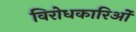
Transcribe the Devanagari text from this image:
विरोधकारिओं